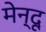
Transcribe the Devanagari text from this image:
मेन्दू